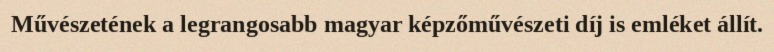
Művészetének a legrangosabb magyar képzőművészeti díj is emléket állít.